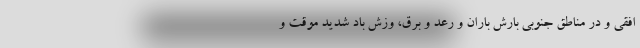
افقی و در مناطق جنوبی بارش باران و رعد و برق، وزش باد شدید موقت و